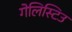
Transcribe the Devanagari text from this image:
गेलिस्टिउ